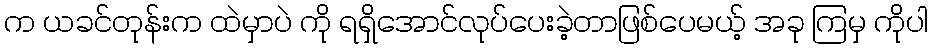
က ယခင်တုန်းက ထဲမှာပဲ ကို ရရှိအောင်လုပ်ပေးခဲ့တာဖြစ်ပေမယ့် အခု ကြမှ ကိုပါ